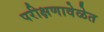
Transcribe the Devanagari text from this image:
परीक्षणावेळेत